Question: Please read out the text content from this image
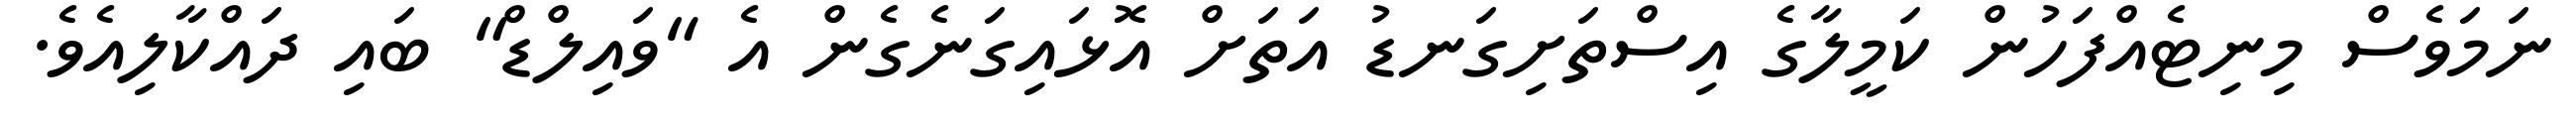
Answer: ނަމަވެސް މިނިޓެއްފަހުން ކަމީލާގެ އިސްތަށިގަނޑު އަތަށް އޮޅައިގަނެގެން އެ "ވައިލްޑް" ބައި ދައްކާލިއެވެ.